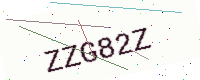
Text: ZZG82Z